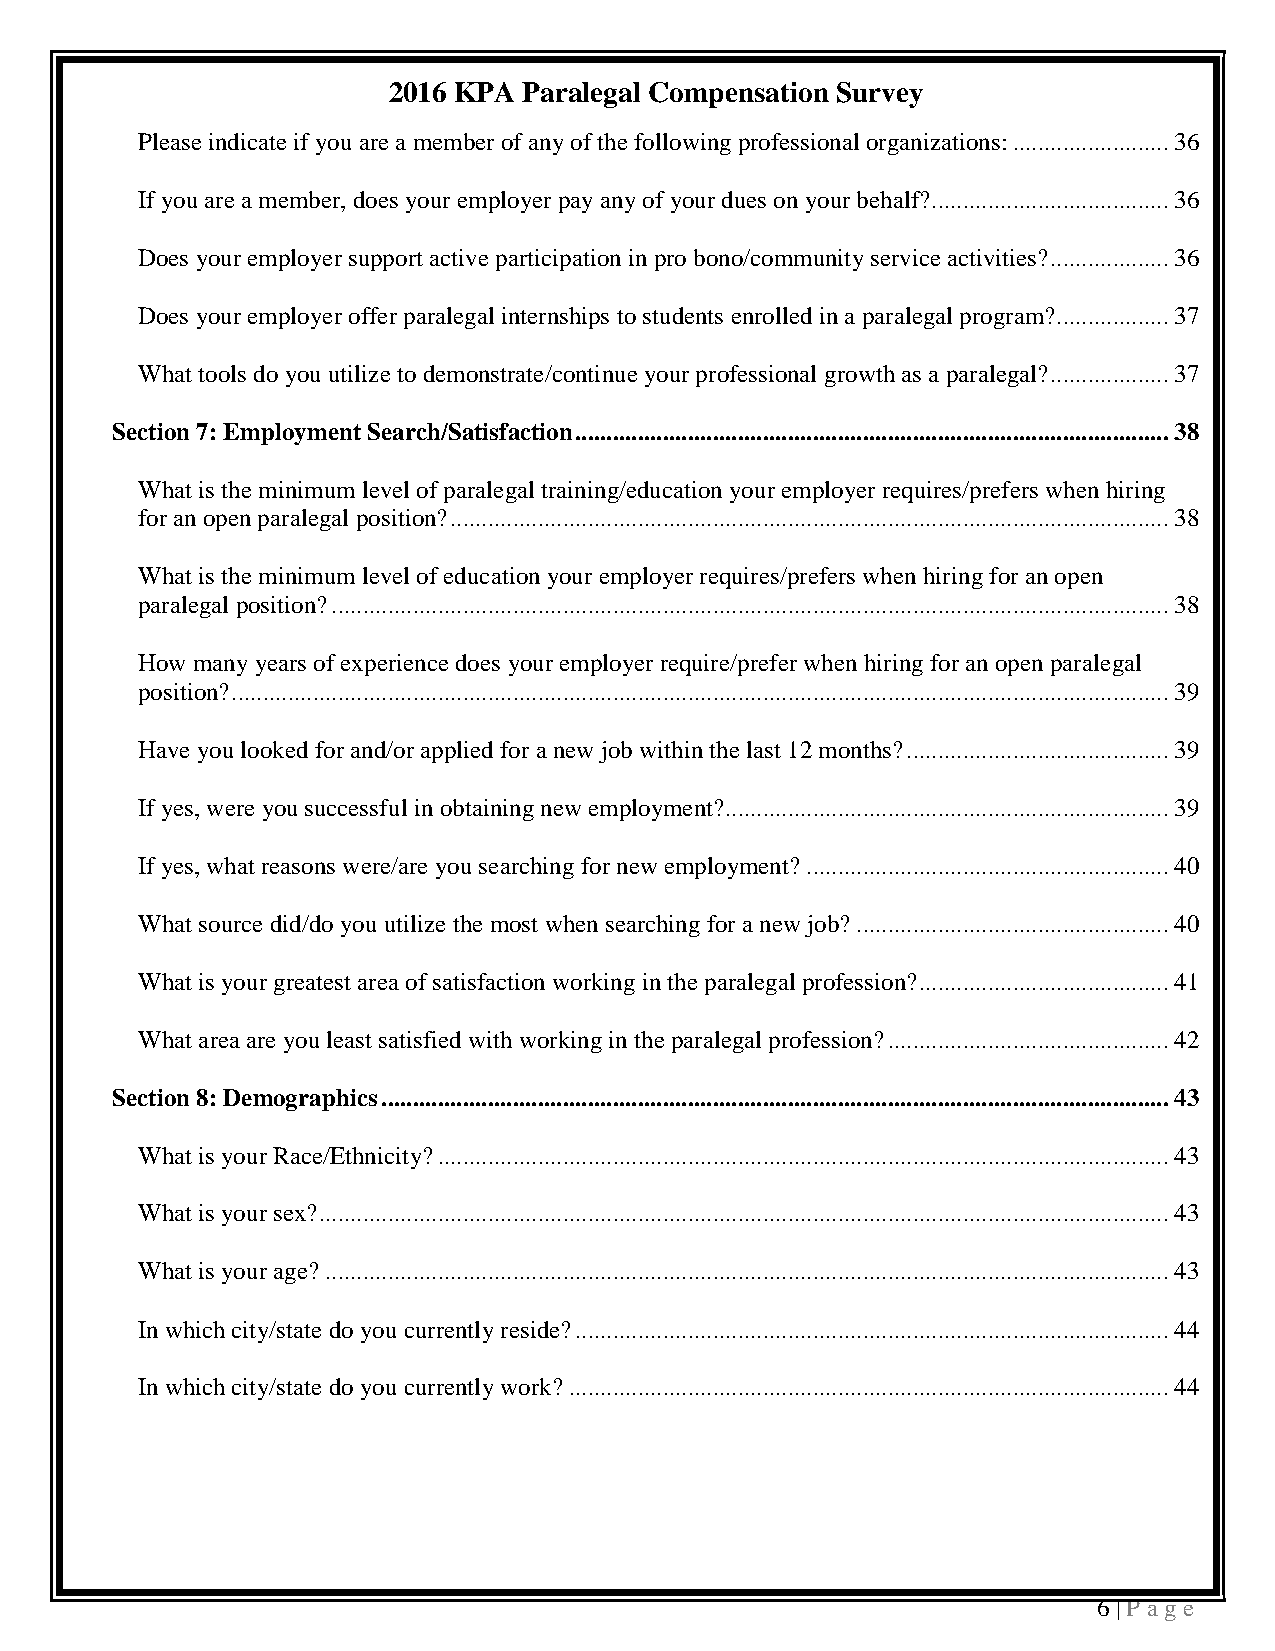
2016 KPA Paralegal Compensation Survey
 Please indicate if you are a member of any of the following professional organizations: ......................... 36
 If you are a member, does your employer pay any of your dues on your behalf? ...................................... 36
 Does your employer support active participation in pro bono/community service activities? ................... 36
 Does your employer offer paralegal internships to students enrolled in a paralegal program? .................. 37
 What tools do you utilize to demonstrate/continue your professional growth as a paralegal? ................... 37
 Section 7: Employment Search/Satisfaction ............................................................................................... 38
 What is the minimum level of paralegal training/education your employer requires/prefers when hiring
 for an open paralegal position? ................................................................................................................... 38
 What is the minimum level of education your employer requires/prefers when hiring for an open
 paralegal position? ...................................................................................................................................... 38
 How many years of experience does your employer require/prefer when hiring for an open paralegal
 position? ...................................................................................................................................................... 39
 Have you looked for and/or applied for a new job within the last 12 months? .......................................... 39
 If yes, were you successful in obtaining new employment? ....................................................................... 39
 If yes, what reasons were/are you searching for new employment? .......................................................... 40
 What source did/do you utilize the most when searching for a new job? .................................................. 40
 What is your greatest area of satisfaction working in the paralegal profession? ........................................ 41
 What area are you least satisfied with working in the paralegal profession? ............................................. 42
 Section 8: Demographics .............................................................................................................................. 43
 What is your Race/Ethnicity? ..................................................................................................................... 43
 What is your sex? ........................................................................................................................................ 43
 What is your age? ....................................................................................................................................... 43
 In which city/state do you currently reside? ............................................................................................... 44
 In which city/state do you currently work? ................................................................................................ 44
 6 | P a ge